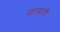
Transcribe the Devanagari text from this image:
जावारी